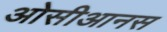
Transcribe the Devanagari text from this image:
ओसीआनस